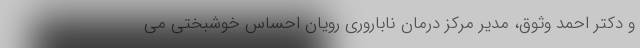
و دکتر احمد وثوق، مدیر مرکز درمان ناباروری رویان احساس خوشبختی می